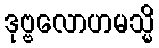
ဒုဗ္ဗလောဟမသ္မိ